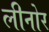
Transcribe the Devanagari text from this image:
लीनोर